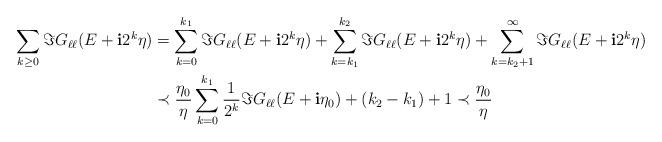
LaTeX: \begin{align*}\sum_{k\geq 0} \Im G_{\ell\ell}(E+\mathbf{i}2^k\eta)&=\sum_{k=0}^{k_1} \Im G_{\ell\ell}(E+\mathbf{i}2^k\eta)+\sum_{k=k_1}^{k_2} \Im G_{\ell\ell}(E+\mathbf{i}2^k\eta)+\sum_{k=k_2+1}^{\infty} \Im G_{\ell\ell}(E+\mathbf{i}2^k\eta)\\&\prec \frac{\eta_0}{\eta}\sum_{k=0}^{k_1} \frac{1}{2^k}\Im G_{\ell\ell}(E+\mathbf{i}\eta_0)+(k_2-k_1)+1\prec \frac{\eta_0}{\eta}\end{align*}